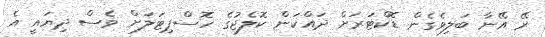
ރޭ އޭނާ ބަލިވެގެން ޑޮކްޓަރަށް ދައްކަން ކޮލެޖުގެ ހޮސްޕިޓަލަށް ވެސް ދިޔައީ އެ